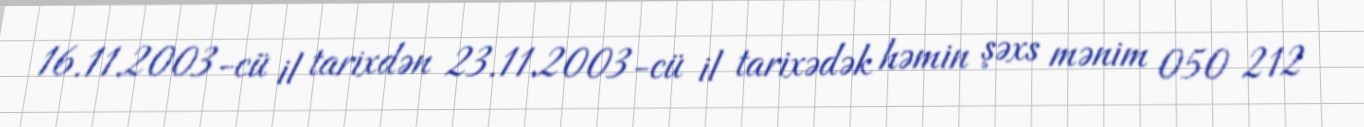
16.11.2003-cü il tarixdən 23.11.2003-cü il tarixədək həmin şəxs mənim 050 212